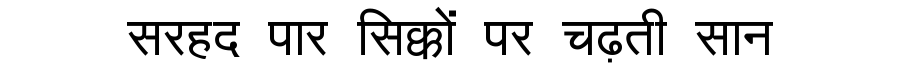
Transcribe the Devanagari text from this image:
सरहद पार सिक्कों पर चढ़ती सान